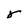
Character: r